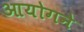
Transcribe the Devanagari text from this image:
आयोगने